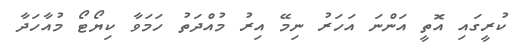
ކުރީގައި އޮތީ އަންނަ އަހަރު ނިމޭ އިރު މުއްދަތު ހަމަވާ ކިޔޯޓޯ މުއާހަދާ